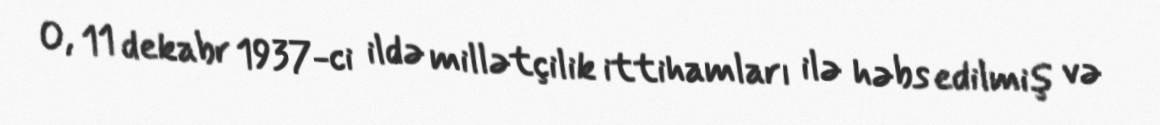
O, 11 dekabr 1937-ci ildə millətçilik ittihamları ilə həbs edilmiş və